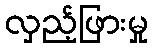
လှည့်ဖြားမှု